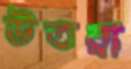
উতরা